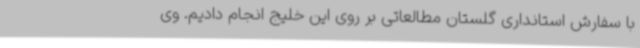
با سفارش استانداری گلستان مطالعاتی بر روی این خلیج انجام دادیم. وی